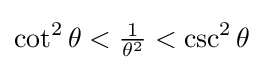
\cot ^{2}\theta <{\tfrac {1}{\theta ^{2}}}<\csc ^{2}\theta